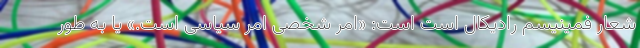
شعار فمینیسم رادیکال است است: «امر شخصی امر سیاسی است.» یا به طور